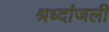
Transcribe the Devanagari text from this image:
श्रध्दांजली